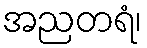
အညတရံ၊